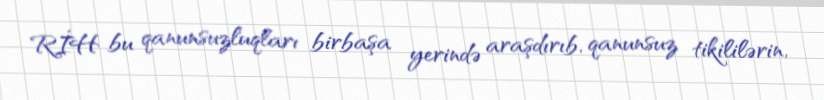
RİH bu qanunsuzluqları birbaşa yerində araşdırıb, qanunsuz tikililərin,